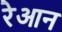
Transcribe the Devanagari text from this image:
रेआन